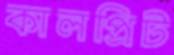
কালপ্রিট